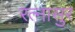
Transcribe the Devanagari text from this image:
रत्‍नासुर